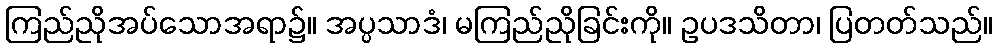
ကြည်ညိုအပ်သောအရာ၌။ အပ္ပသာဒံ၊ မကြည်ညိုခြင်းကို။ ဥပဒသိတာ၊ ပြတတ်သည်။